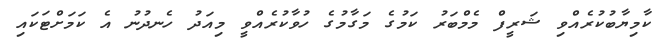
ކާމިޔާބުކުރެއްވި ޝަރީފް މެމްބަރު ކަމުގެ މަގާމުގެ ހުވާކުރެއްވީ މިއަދު ހެނދުނު އެ ކަމަށްޓަކައި